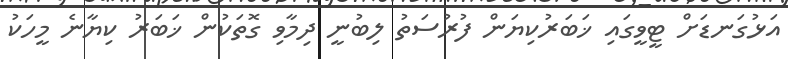
އަޅުގަނޑަށް ޓީވީގައި ޚަބަރުކިޔަން ފުރުސަތު ލިބުނީ ދިމާވި ގޮތަކުން ޚަބަރު ކިޔާނެ މީހަކު